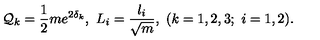
{ \cal Q } _ { k } = { \frac { 1 } { 2 } } m e ^ { 2 \delta _ { k } } , \ L _ { i } = { \frac { l _ { i } } { \sqrt { m } } } , \ ( k = 1 , 2 , 3 ; \ i = 1 , 2 ) .